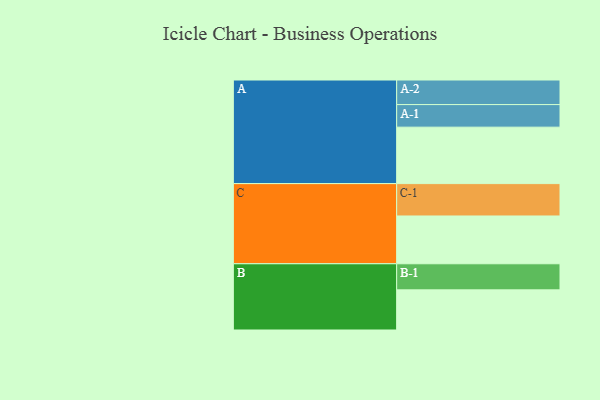
{"axis": {"x": "Segment", "y": "Value"}, "legend": ["", "A", "B", "C"], "data": [{"x": "A", "y": 450, "type": ""}, {"x": "B", "y": 320, "type": ""}, {"x": "C", "y": 381, "type": ""}, {"x": "A-1", "y": 180, "type": "A"}, {"x": "A-2", "y": 196, "type": "A"}, {"x": "B-1", "y": 208, "type": "B"}, {"x": "C-1", "y": 258, "type": "C"}]}